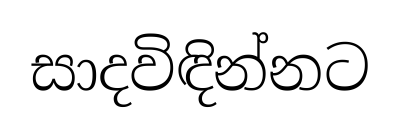
සාදවිඳින්නට